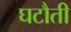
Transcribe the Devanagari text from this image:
घटौती